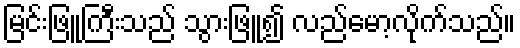
မြင်းဖြူကြီးသည် သွားဖြူ၍ လည်မော့လိုက်သည်။